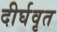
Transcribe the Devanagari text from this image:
दीर्घवृत